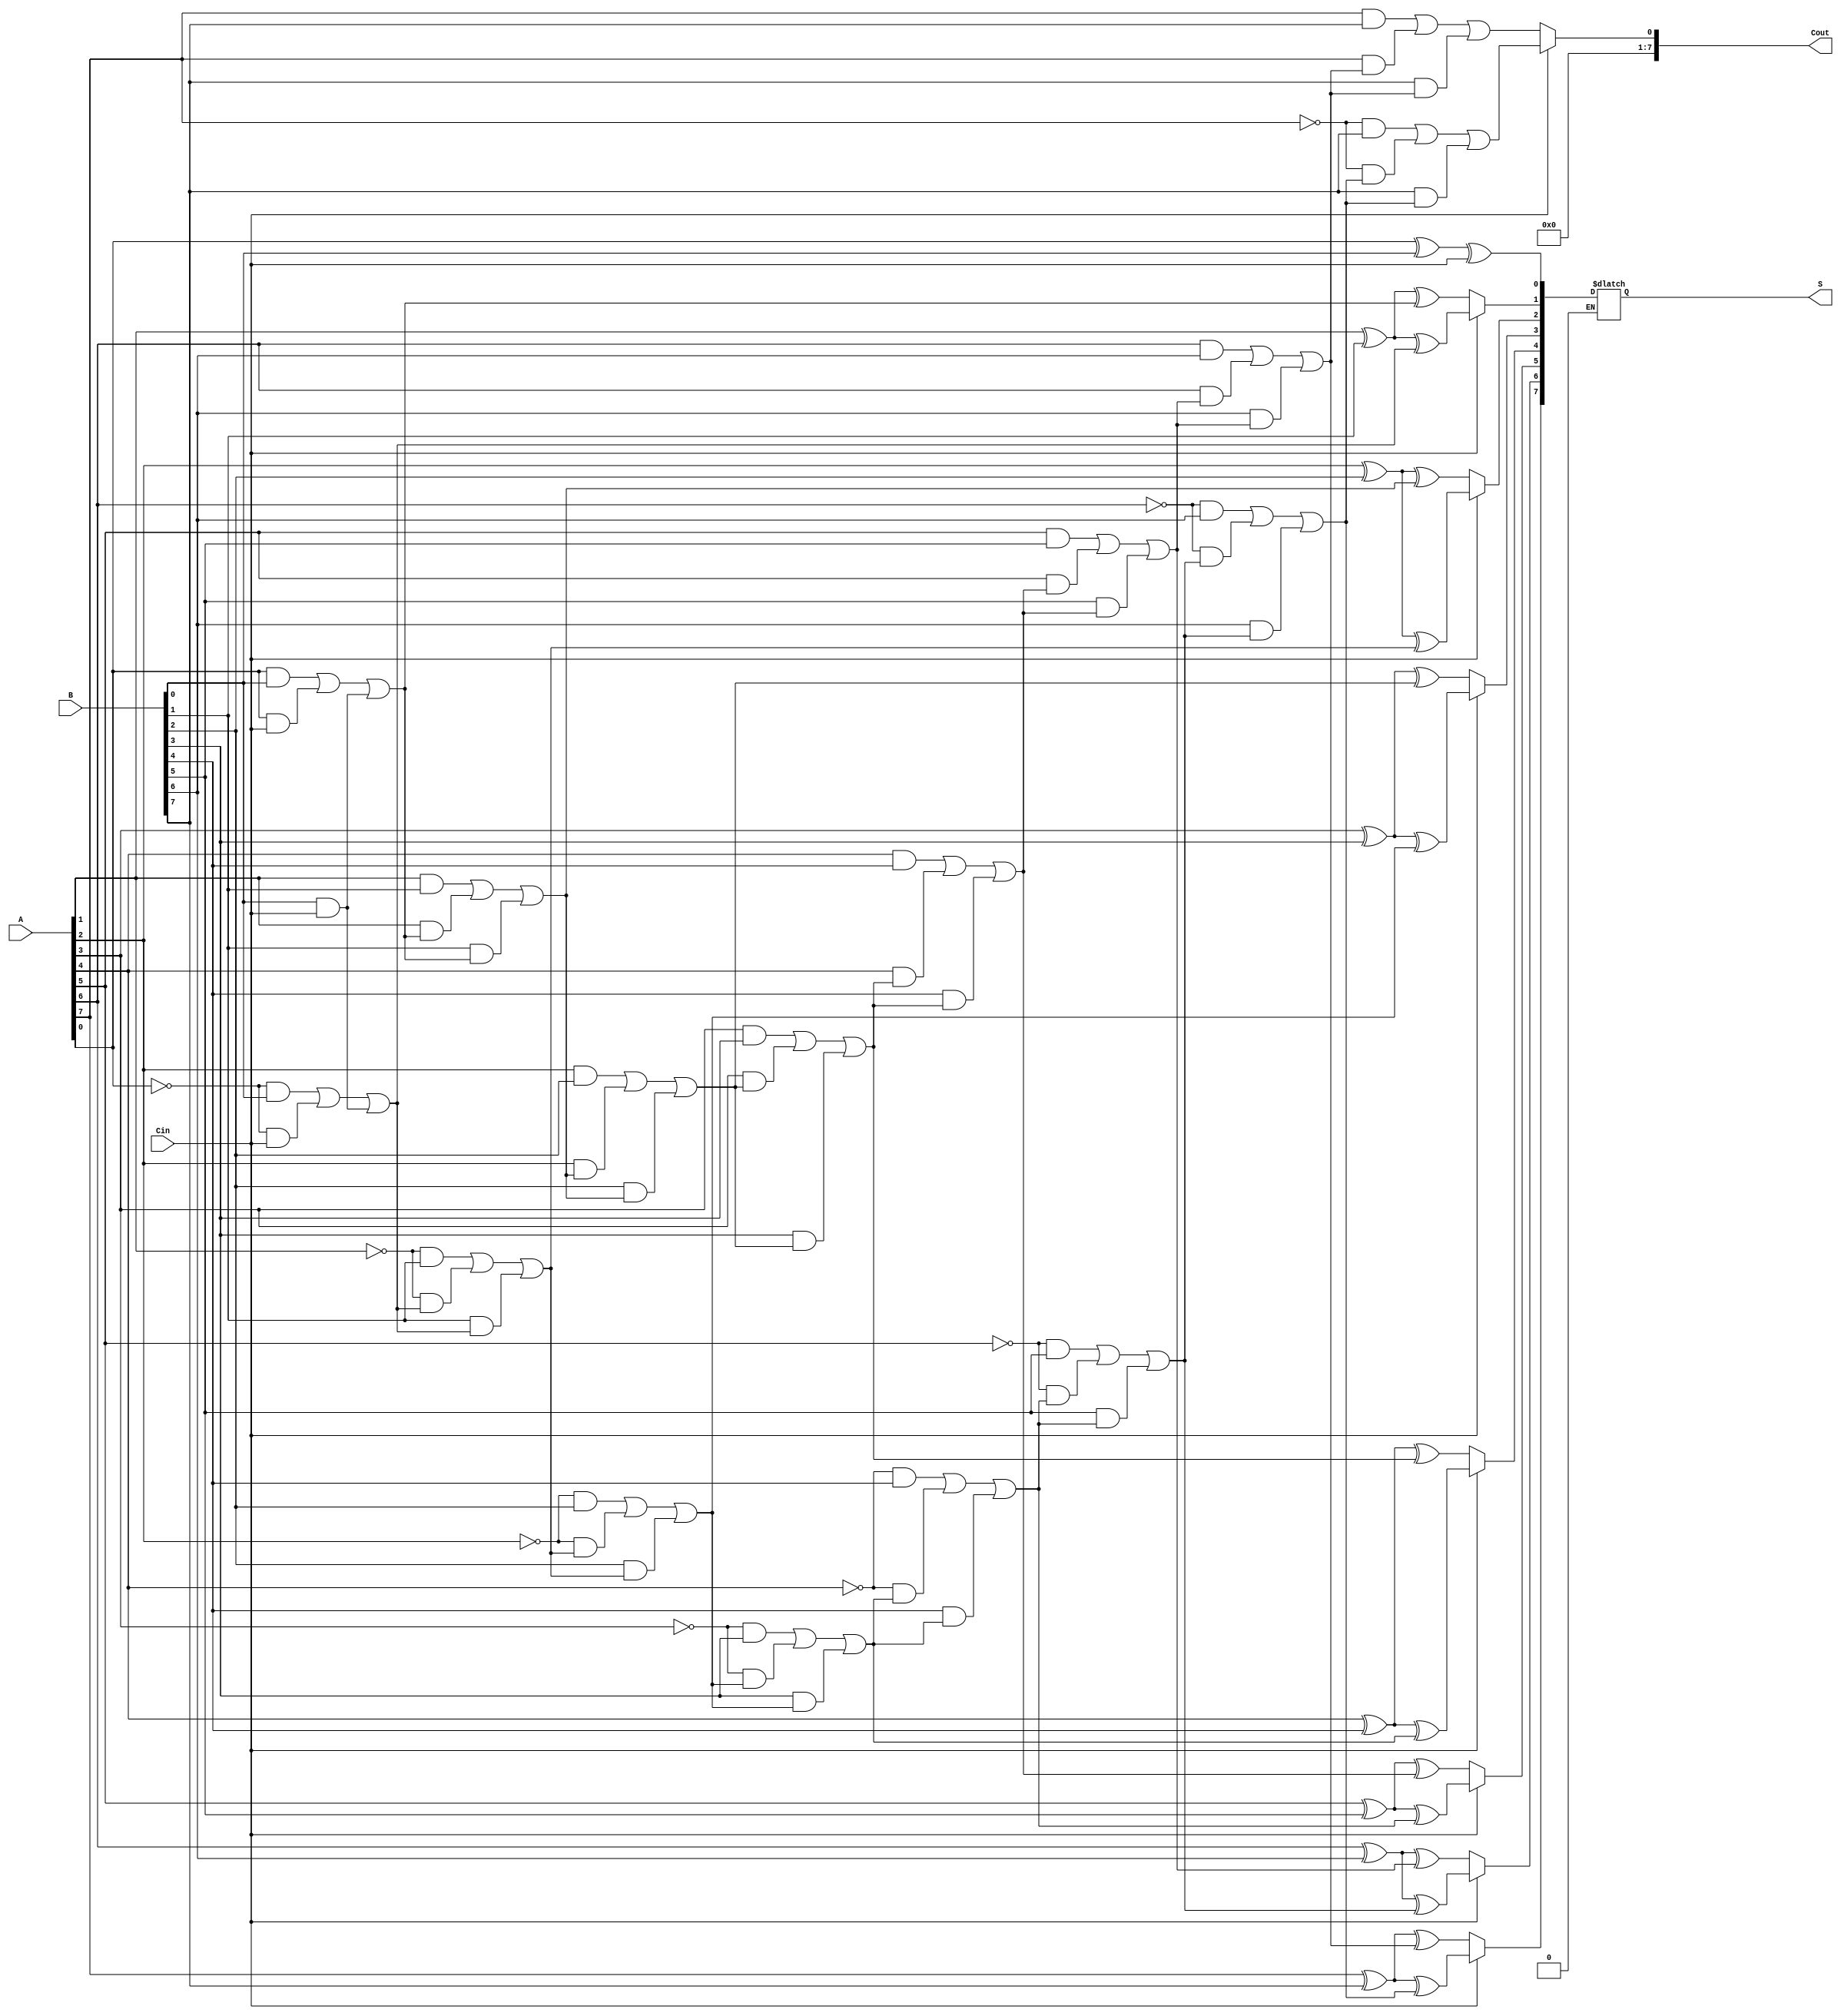
module Parallel_Adder(A,B,Cin,S,Cout);
  input [7:0] A;
  input [7:0] B;
  input Cin;
  output reg [7:0] S;
  output reg [7:0] Cout;
  reg C[8:0];
  integer i;
  always @(*)
  begin
    C[0]=Cin;
    if (Cin==0)
      begin
        for (i=0;i<8;i=i+1)
        begin
          S[i]=A[i]^B[i]^C[i];
          C[i+1]=((A[i]&B[i])|(A[i]&C[i])|(B[i]&C[i]));
        end
      end
    else if (Cin==1) 
      begin
        for (i=0;i<8;i=i+1)
        begin
          S[i]=A[i]^B[i]^C[i];
          C[i+1]=((~A[i]&B[i])|(~A[i]&C[i])|(B[i]&C[i]));
        end
      end
    Cout=C[8];
  end
endmodule